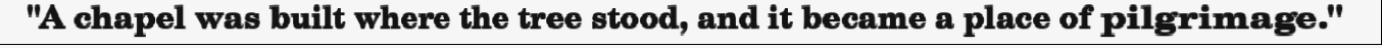
"A chapel was built where the tree stood, and it became a place of pilgrimage."